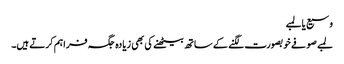
وسیع یا لمبے
لمبے صوفے خوبصورت لگنے کے ساتھ بیٹھنے کی بھی زیادہ جگہ فراہم کرتے ہیں۔